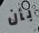
بأن